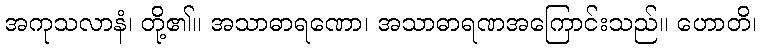
အကုသလာနံ၊ တို့၏။ အသာဓာရဏော၊ အသာဓာရဏအကြောင်းသည်။ ဟောတိ၊